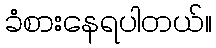
ခံစားနေရပါတယ်။